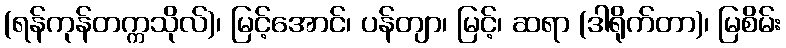
(ရန်ကုန်တက္ကသိုလ်)၊ မြင့်အောင်၊ ပန်တျာ၊ မြင့်၊ ဆရာ (ဒါရိုက်တာ)၊ မြစိမ်း